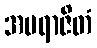
အပရာဇိတံ